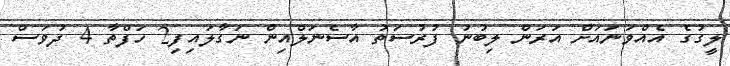
ލީގުގެ އެއްވަނައަށް އަރަން ލިބުނު ފުރުސަތު އާސެނަލްއިން ނަގާލައިފި2 ހަފްތާ 4 ދުވަސް